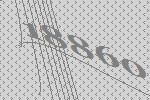
18860